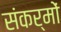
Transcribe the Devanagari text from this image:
संकर्मों